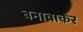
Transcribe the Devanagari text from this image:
बनावाकर